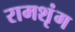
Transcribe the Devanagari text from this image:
रामशृंग